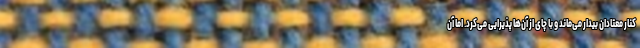
کنار معتادان بیدار می‌ماند و با چای از آن‌ها پذیرایی می‌کرد. اما آن